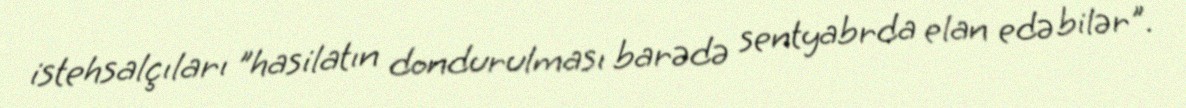
istehsalçıları "hasilatın dondurulması barədə sentyabrda elan edə bilər".